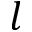
l